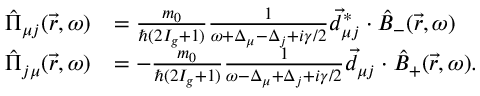
\begin{array} { r l } { \hat { \Pi } _ { \mu j } ( \vec { r } , \omega ) } & { = \frac { m _ { 0 } } { \hbar ( 2 I _ { g } + 1 ) } \frac { 1 } { \omega + \Delta _ { \mu } - \Delta _ { j } + i \gamma / 2 } \vec { d } _ { \mu j } ^ { * } \cdot \hat { B } _ { - } ( \vec { r } , \omega ) } \\ { \hat { \Pi } _ { j \mu } ( \vec { r } , \omega ) } & { = - \frac { m _ { 0 } } { \hbar ( 2 I _ { g } + 1 ) } \frac { 1 } { \omega - \Delta _ { \mu } + \Delta _ { j } + i \gamma / 2 } \vec { d } _ { \mu j } \cdot \hat { B } _ { + } ( \vec { r } , \omega ) . } \end{array}